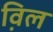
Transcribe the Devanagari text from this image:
व़िल